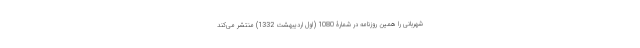
شهربانی را همین روزنامه در شمارۀ 1080 (اول اردیبهشت 1332) منتشر می‌کند